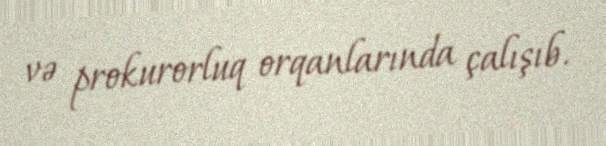
və prokurorluq orqanlarında çalışıb.